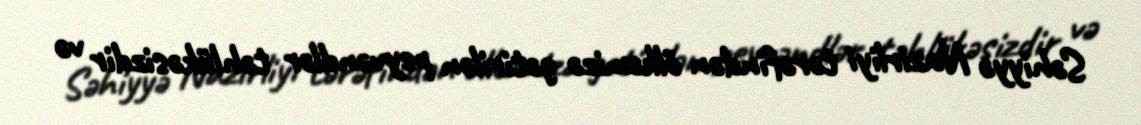
Səhiyyə Nazirliyi tərəfindən ölkəmizə gətirilən peyvəndlər təhlükəsizdir və